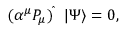
( \alpha ^ { \mu } { P } _ { \mu } ) ^ { \widehat { } } \ \ | \Psi \rangle = 0 ,